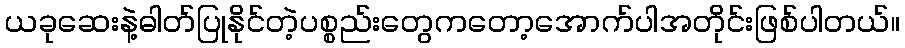
ယခုဆေးနဲ့ဓါတ်ပြုနိုင်တဲ့ပစ္စည်းတွေကတော့အောက်ပါအတိုင်းဖြစ်ပါတယ်။